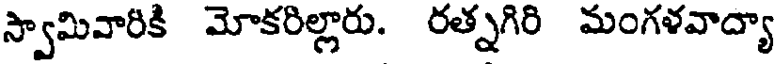
స్వామివారికి మోకరిల్లారు. రత్నగిరి మంగళవాద్యా